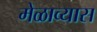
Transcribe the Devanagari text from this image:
मेळाव्यास